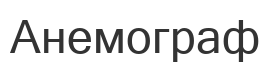
Анемограф